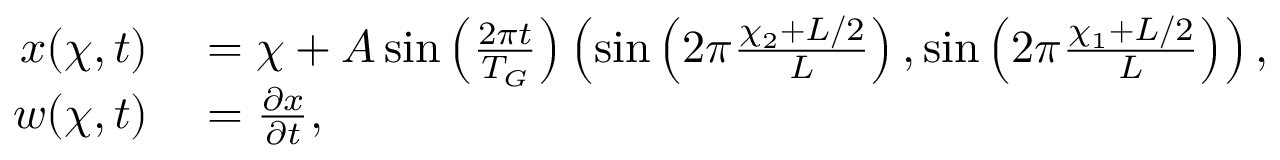
\begin{array} { r l } { \b x ( \b \chi , t ) } & { { } = \b \chi + A \sin \left( \frac { 2 \pi t } { T _ { G } } \right) \left( \sin \left( 2 \pi \frac { \chi _ { 2 } + L / 2 } { L } \right) , \sin \left( 2 \pi \frac { \chi _ { 1 } + L / 2 } { L } \right) \right) , } \\ { \b w ( \b \chi , t ) } & { { } = \frac { \partial \b x } { \partial t } , } \end{array}